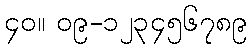
၄၀။ ၀၉-၁၂၃၄၅၆၇၈၉